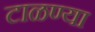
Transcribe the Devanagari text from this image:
टाळण्या